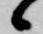
候